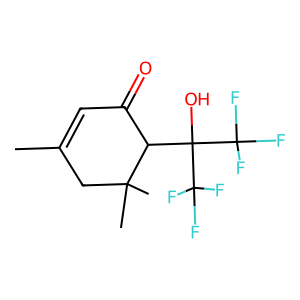
SMILES: CC1=CC(=O)C(C(O)(C(F)(F)F)C(F)(F)F)C(C)(C)C1
Inhibits HIV replication: No